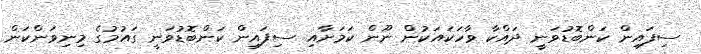
ސިފައިން ކަންބޮޑުވަނީ ދައްކާ ވާހަކައަކުން ނޫން ކަމަށާއި ސިފައިން ކަންބޮޑުވަނީ ގައުމުގެ މިނިވަންކަން